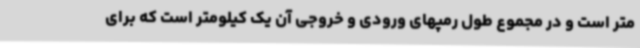
متر است و در مجموع طول رمپهای ورودی و خروجی آن یک کیلومتر است که برای